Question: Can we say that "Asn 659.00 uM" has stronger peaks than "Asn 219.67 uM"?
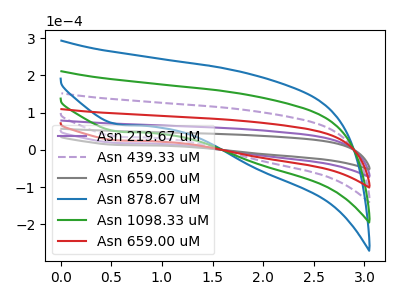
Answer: <think>The purple curve "Asn 219.67 uM" has a cathodic peak at: (0.55V, 18.30uA). The purple dashed curve "Asn 439.33 uM" has a cathodic peak at: (0.55V, 54.90uA). The gray curve "Asn 659.00 uM" has a cathodic peak at: (0.55V, 13.15uA). The blue curve "Asn 878.67 uM" has a cathodic peak at: (0.55V, 91.50uA). The green curve "Asn 1098.33 uM" has a cathodic peak at: (0.55V, 73.20uA). The red curve "Asn 659.00 uM" has a cathodic peak at: (0.55V, 36.60uA).</think>
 <answer>Every peak in "Asn 659.00 uM" is higher than every peak in "Asn 219.67 uM".</answer>
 <eval>higher</eval>